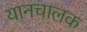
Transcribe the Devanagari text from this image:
यानचालक